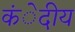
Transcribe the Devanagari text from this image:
कंेदीय